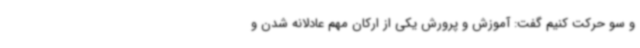
و سو حرکت کنیم گفت: آموزش و پرورش یکی از ارکان مهم عادلانه شدن و